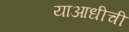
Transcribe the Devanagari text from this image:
याआधीची